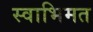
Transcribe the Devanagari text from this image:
स्वाभिमत